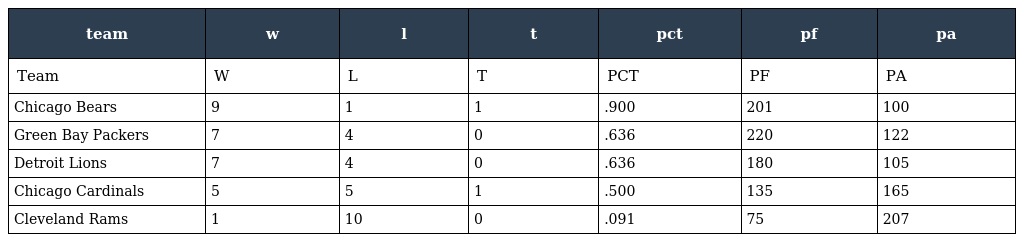
| team | w | l | t | pct | pf | pa |
 | --- | --- | --- | --- | --- | --- | --- |
 | Team | W | L | T | PCT | PF | PA |
 | Chicago Bears | 9 | 1 | 1 | .900 | 201 | 100 |
 | Green Bay Packers | 7 | 4 | 0 | .636 | 220 | 122 |
 | Detroit Lions | 7 | 4 | 0 | .636 | 180 | 105 |
 | Chicago Cardinals | 5 | 5 | 1 | .500 | 135 | 165 |
 | Cleveland Rams | 1 | 10 | 0 | .091 | 75 | 207 |